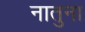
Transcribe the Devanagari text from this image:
नातुना